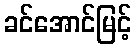
ခင်အောင်မြင့်